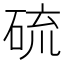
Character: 硫